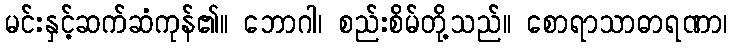
မင်းနှင့်ဆက်ဆံကုန်၏။ ဘောဂါ၊ စည်းစိမ်တို့သည်။ စောရာသာဓာရဏာ၊